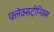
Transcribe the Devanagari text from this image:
फ्लेक्सट्रोनिक्स